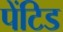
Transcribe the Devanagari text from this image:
पेंटिड